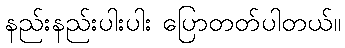
နည်းနည်းပါးပါး ပြောတတ်ပါတယ်။